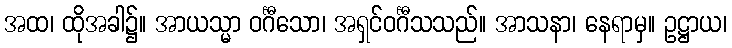
အထ၊ ထိုအခါ၌။ အာယသ္မာ ဝင်္ဂီသော၊ အရှင်ဝင်္ဂီသသည်။ အာသနာ၊ နေရာမှ။ ဥဋ္ဌာယ၊